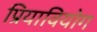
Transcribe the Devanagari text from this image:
प्रियावियोग